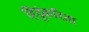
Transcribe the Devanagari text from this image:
हिंदूंकरिता